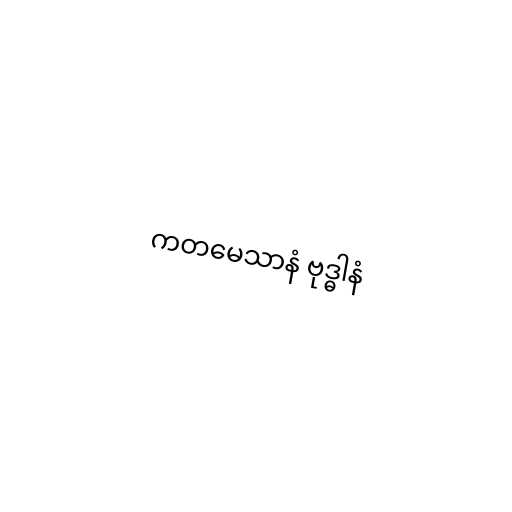
ကတမေသာနံ ဗုဒ္ဓါနံ